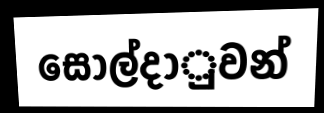
සොල්දාුවන්